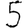
Digit: 5